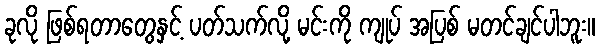
ခုလို ဖြစ်ရတာတွေနှင့် ပတ်သက်လို့ မင်းကို ကျုပ် အပြစ် မတင်ချင်ပါဘူး။